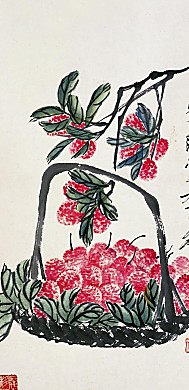
惟仁者宜在高位。